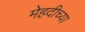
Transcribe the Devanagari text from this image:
मेहदीच्या